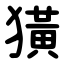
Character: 獚